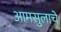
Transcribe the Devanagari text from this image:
आमसुलाचे